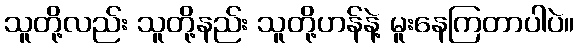
သူတို့လည်း သူတို့နည်း သူတို့ဟန်နဲ့ မူးနေကြတာပါပဲ။